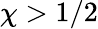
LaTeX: \chi>1/2